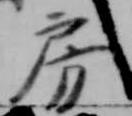
房